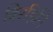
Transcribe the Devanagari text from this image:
बिरहिनि